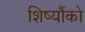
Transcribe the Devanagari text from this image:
शिष्यौंको